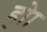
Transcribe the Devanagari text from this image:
होा